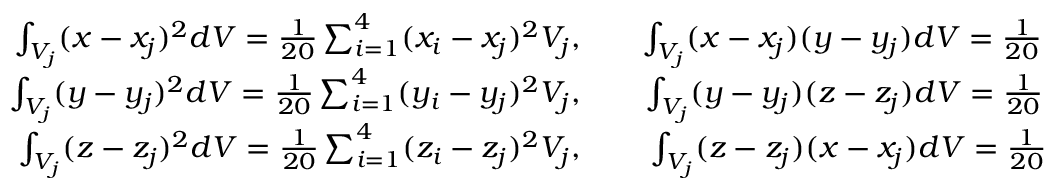
\begin{array} { r l r } { \int _ { V _ { j } } ( x - x _ { j } ) ^ { 2 } d V = \frac { 1 } { 2 0 } \sum _ { i = 1 } ^ { 4 } ( x _ { i } - x _ { j } ) ^ { 2 } V _ { j } , } & { { } } & { \int _ { V _ { j } } ( x - x _ { j } ) ( y - y _ { j } ) d V = \frac { 1 } { 2 0 } \sum _ { i = 1 } ^ { 4 } ( x _ { i } - x _ { j } ) ( y _ { i } - y _ { j } ) V _ { j } , } \\ { \int _ { V _ { j } } ( y - y _ { j } ) ^ { 2 } d V = \frac { 1 } { 2 0 } \sum _ { i = 1 } ^ { 4 } ( y _ { i } - y _ { j } ) ^ { 2 } V _ { j } , } & { { } } & { \int _ { V _ { j } } ( y - y _ { j } ) ( z - z _ { j } ) d V = \frac { 1 } { 2 0 } \sum _ { i = 1 } ^ { 4 } ( y _ { i } - y _ { j } ) ( z _ { i } - z _ { j } ) V _ { j } , } \\ { \int _ { V _ { j } } ( z - z _ { j } ) ^ { 2 } d V = \frac { 1 } { 2 0 } \sum _ { i = 1 } ^ { 4 } ( z _ { i } - z _ { j } ) ^ { 2 } V _ { j } , } & { { } } & { \int _ { V _ { j } } ( z - z _ { j } ) ( x - x _ { j } ) d V = \frac { 1 } { 2 0 } \sum _ { i = 1 } ^ { 4 } ( z _ { i } - z _ { j } ) ( x _ { i } - x _ { j } ) V _ { j } , } \end{array}